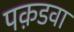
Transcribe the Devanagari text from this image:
पक़डवा